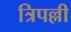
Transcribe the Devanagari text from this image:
त्रिपल्ली